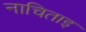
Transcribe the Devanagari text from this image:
नाचिताइ